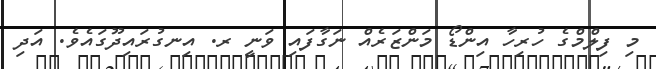
މި ފިލްމްގެ ހުރިހާ އިންޑޯ މަންޒަރެއް ނަގާފައި ވަނީ ރ. އިނގުރައިދޫގައެވެ. އަދި